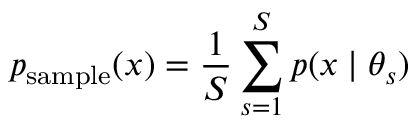
p _ { \mathrm { s a m p l e } } ( x ) = \frac { 1 } { S } \sum _ { s = 1 } ^ { S } p ( x \mid \theta _ { s } )